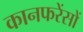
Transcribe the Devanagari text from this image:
कानफरेंसों